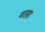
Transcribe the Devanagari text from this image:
गाय़ा